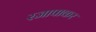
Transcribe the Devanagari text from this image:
रजापाकर